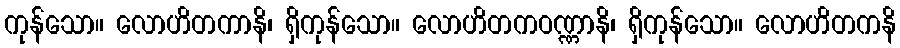
ကုန်သော။ လောဟိတကာနိ၊ ရှိကုန်သော။ လောဟိတကဝဏ္ဏာနိ၊ ရှိကုန်သော။ လောဟိတကနိ